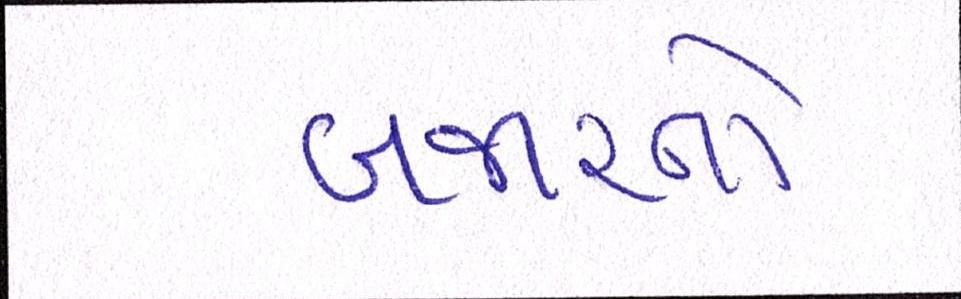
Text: બજારનો